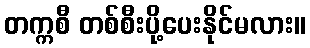
တက္ကစီ တစ်စီးပို့ပေးနိုင်မလား။